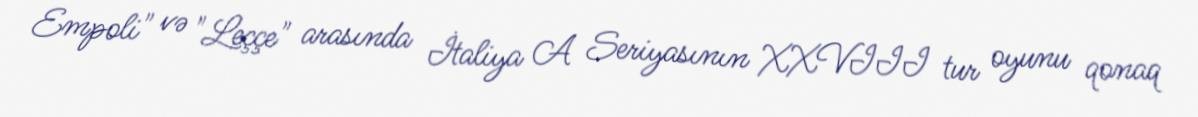
Empoli" və "Leççe" arasında İtaliya A Seriyasının XXVIII tur oyunu qonaq